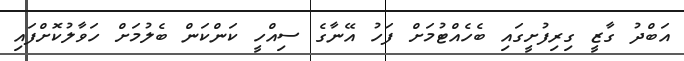
އަބްދު ގާޒީ ގިރިފުށީގައި ބެހެއްޓުމަށް ފަހު އޭނާގެ ސިއްހީ ކަންކަން ބެލުމަށް ހަވާލުކޮށްފައި